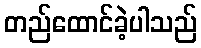
တည်ထောင်ခဲ့ပါသည်